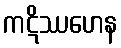
ကဋိဿဟေန